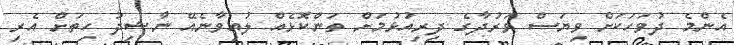
އެންމެ ދުވަހަކަށް ވިޔަސް ވަރުދާގެ ދިރިއުޅުމަށް ތަންކޮޅެއް ލުއިވާނެއޭ ނާޝިދު ހިތަށް އެރި